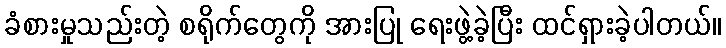
ခံစားမှုသည်းတဲ့ စရိုက်တွေကို အားပြု ရေးဖွဲ့ခဲ့ပြီး ထင်ရှားခဲ့ပါတယ်။